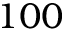
1 0 0